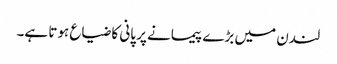
لندن میں بڑے پیمانے پر پانی کا ضیاع ہوتا ہے۔